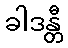
ခါဒန္တီ